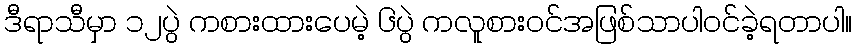
ဒီရာသီမှာ ၁၂ပွဲ ကစားထားပေမဲ့ ၆ပွဲ ကလူစားဝင်အဖြစ်သာပါဝင်ခဲ့ရတာပါ။